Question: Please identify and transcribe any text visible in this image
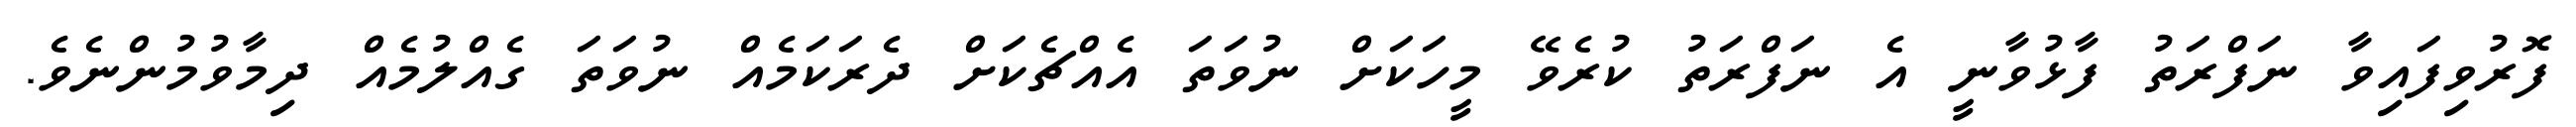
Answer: ފޮރުވިފައިވާ ނަފްރަތު ފާޅުވާނީ އެ ނަފްރަތު ކުރެވޭ މީހަކަށް ނުވަތަ އެއްޗެކަށް ދެރަކަމެއް ނުވަތަ ގެއްލުމެއް ދިމާވުމުންނެވެ.